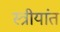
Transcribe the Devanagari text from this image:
स्त्रीयांत